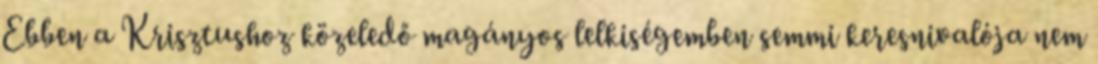
Ebben a Krisztushoz közeledő magányos lelkisé­gemben sem­mi keresnivalója nem